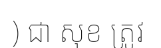
) ជា សុខ ត្រូវ